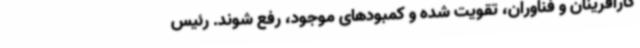
کارآفرینان و فناوران، تقویت شده و کمبودهای موجود، رفع شوند. رئیس